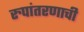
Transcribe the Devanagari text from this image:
रुपांतरणाची